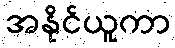
အနိုင်ယူကာ